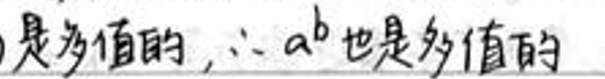
是多值的，$\therefore a^{b}$也是多值的